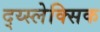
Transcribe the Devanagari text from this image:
द्य्स्लेक्सिक